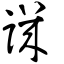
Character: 譏